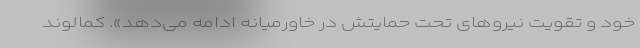
خود و تقویت نیروهای تحت حمایتش در خاورمیانه ادامه می‌دهد». کمالوند